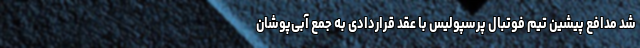
شد مدافع پیشین تیم فوتبال پرسپولیس با عقد قراردادی به جمع آبی‌پوشان